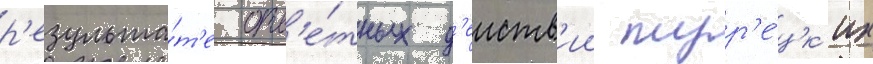
р'езульта́т'е отв'е́тных д'еиств'ии тур'е́цк'их